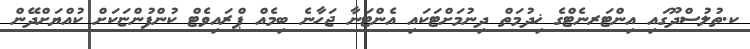
ކ.ތުލުސްދޫގައި އިންޓަރނެޓްގެ ޚިދުމަތް ދިނުމަށްޓަކައި އެންޓަނާ ޖަހާނެ ބިމެއް ޕްރައިވެޓް ކުންފުންޏަކަށް ކުއްޔަށްދޭން